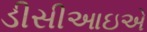
ડીસીઆઇએ